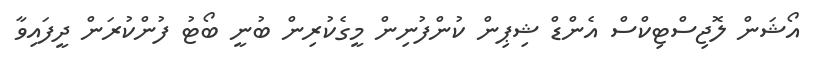
އޯޝަން ލޮޖިސްޓިކްސް އެންޑް ޝިޕިން ކުންފުނިން މީގެކުރިން ބުނީ ބޯޓު ފުންކުރަން ދީފައިވާ